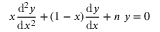
x \frac { \mathrm { d } ^ { 2 } y } { \mathrm { d } x ^ { 2 } } + ( 1 - x ) \frac { \mathrm { d } y } { \mathrm { d } x } + n ~ y = 0